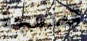
المدمجة